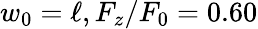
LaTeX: w_{0}=\ell,F_{z}/F_{0}=0.60